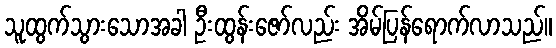
သူထွက်သွားသောအခါ ဦးထွန်းဇော်လည်း အိမ်ပြန်ရောက်လာသည်။